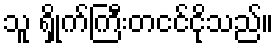
သူ ရှိုက်ကြီးတငင်ငိုသည်။